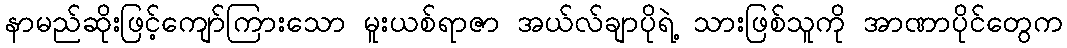
နာမည်ဆိုးဖြင့်ကျော်ကြားသော မူးယစ်ရာဇာ အယ်လ်ချာပိုရဲ့ သားဖြစ်သူကို အာဏာပိုင်တွေက